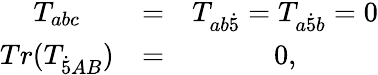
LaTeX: \begin{array}{ccc}{{T_{abc}}}&{{=}}&{{T_{ab{\dot{5}}}=T_{a{\dot{5}}b}=0}}\\ {{Tr(T_{{\dot{5}}AB})}}&{{=}}&{{0,}}\end{array}